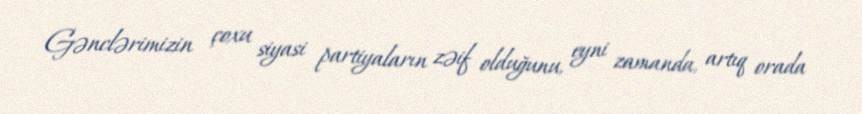
Gənclərimizin çoxu siyasi partiyaların zəif olduğunu, eyni zamanda, artıq orada